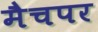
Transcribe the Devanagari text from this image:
मैचपर